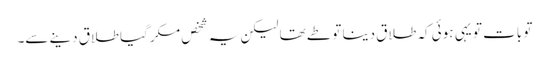
تو بات تو یہی ہوئی کہ طلاق دینا تو طے تھا لیکن یہ شخص مکر گیا طلاق دینے سے۔